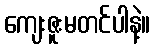
ကျေးဇူးမတင်ပါနဲ့။